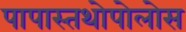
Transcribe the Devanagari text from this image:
पापास्तथोपोलोस